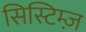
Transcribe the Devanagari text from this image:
सिस्टिम्ज़